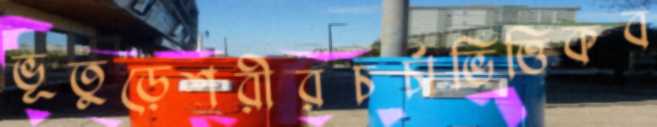
ভূতুড়েশরীরচর্চাভিত্তিকব